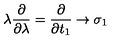
\lambda \frac { \partial } { \partial \lambda } = \frac { \partial } { \partial t _ { 1 } } \rightarrow \sigma _ { 1 }